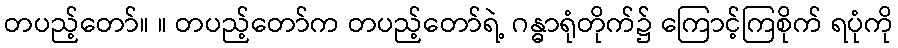
တပည့်တော်။ ။ တပည့်တော်က တပည့်တော်ရဲ့ ဂန္ဓာရုံတိုက်၌ ကြောင့်ကြစိုက် ရပုံကို